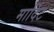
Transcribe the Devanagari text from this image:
मार्दिट